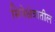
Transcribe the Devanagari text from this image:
सिनेक्षेत्रातील